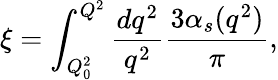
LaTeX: \xi=\int_{Q_{0}^{2}}^{Q^{2}}\frac{dq^{2}}{q^{2}}\frac{3\alpha_{s}(q^{2})}{\pi},